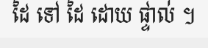
ដៃ ទៅ ដៃ ដោយ ផ្ទាល់ ។